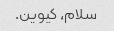
سلام، کیوین.